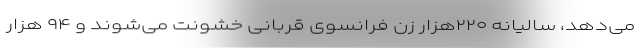
می‌دهد، سالیانه ۲۲۰هزار زن فرانسوی قربانی خشونت می‌شوند و ۹۴ هزار